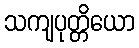
သကျပုတ္တိယော